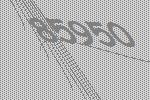
85950